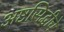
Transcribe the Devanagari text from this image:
अष्टसिद्धीचे